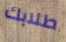
طلابك